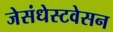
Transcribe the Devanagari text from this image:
जेसंधेस्टवेसन